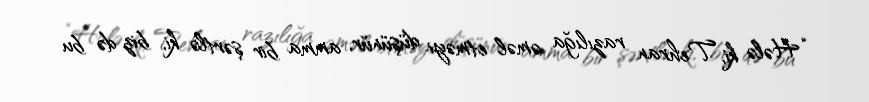
“Hələ ki, Tehran razılığa əməl etməyi düşünür, amma bir şərtlə ki, biz də bu